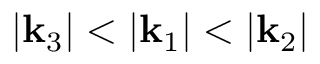
| \mathbf { k } _ { 3 } | < | \mathbf { k } _ { 1 } | < | \mathbf { k } _ { 2 } |